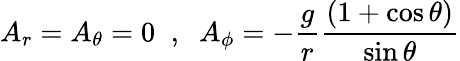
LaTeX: A_{r}=A_{\theta}=0\; \; ,\; \; A_{\phi}=-\frac{g}{r}\frac{(1+\cos\theta)}{\sin\theta}